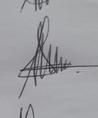
Signature authenticity: genuine